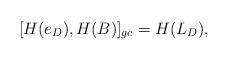
LaTeX: \begin{align*} [H(e_D), H(B)]_{gc} =H(L_D),\end{align*}